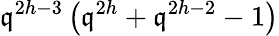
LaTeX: \mathfrak{q}^{2h-3}\left(\mathfrak{q}^{2h}+\mathfrak{q}^{2h-2}-1\right)